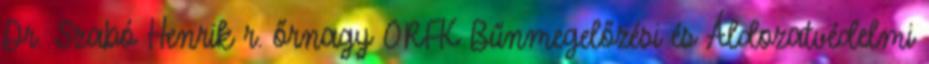
Dr. Szabó Henrik r. őrnagy ORFK Bűnmegelőzési és Áldozatvédelmi